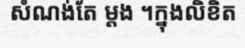
សំណង់តែ ម្តង ។ក្នុងលិខិត